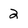
Character: 2